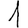
Digit: 1